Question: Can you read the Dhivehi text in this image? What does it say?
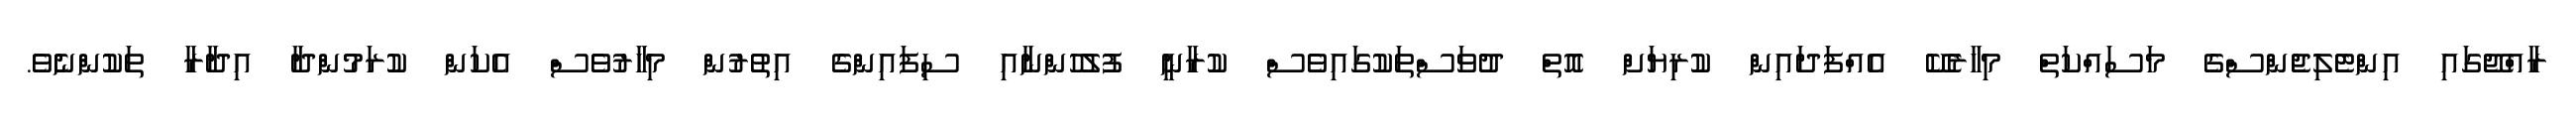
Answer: ރާއްޖޭގައި އިންޓެލިޖެންސްގެ މަސައްކަތް މިހާރެކޭ އެއްފަދައިން ކުރިޔަށް އޮތް ދުވަސްތަކުގައިވެސް ކުރާނީ ފުލުހުންނާއި ސިފައިންގެ އިތުރުން މިހާރުވެސް އެކަން ކުރަމުންދާ އިދާރާ ތަކުންނެވެ.